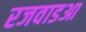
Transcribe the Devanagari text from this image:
रजवाडआ